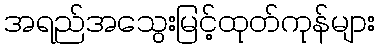
အရည်အသွေးမြင့်ထုတ်ကုန်များ